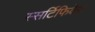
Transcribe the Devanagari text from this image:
स्सर्टिफिकेट